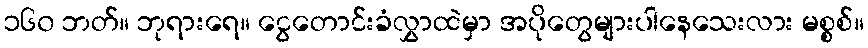
၁၆၀ ဘတ်။ ဘုရားရေ။ ငွေတောင်းခံလွှာထဲမှာ အပိုတွေများပါနေသေးလား မစ္စစ်။